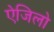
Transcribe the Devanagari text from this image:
ऐजिलो